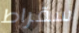
سقراط